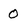
Character: 0